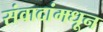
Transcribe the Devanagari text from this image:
संवादांमधून